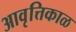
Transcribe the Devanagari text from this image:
आवृत्तिकाळ